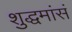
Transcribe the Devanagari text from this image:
शुद्धमांसं